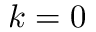
k = 0